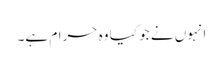
انہوں نے جو کیا وہ حرام ہے۔